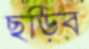
ছড়িব